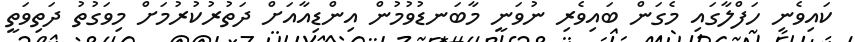
ކައިވެނި ހަފްލާގައި މެގަން ބައިވެރި ނުވަނީ މާބަނޑުވުމުން އިންޑިއާއަށް ދަތުރުކުރުމަށް މިވަގުތު ދަތިވަތީ